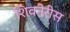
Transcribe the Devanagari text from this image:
शिवनेरीस